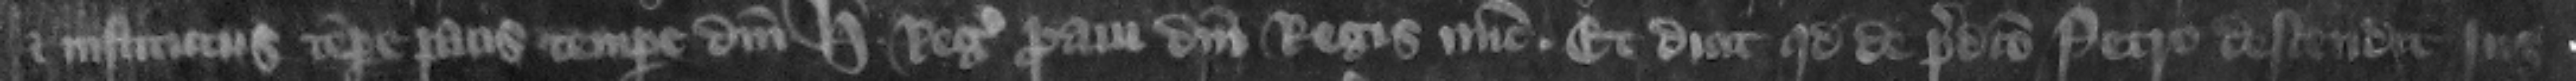
et institutus tempore pacis tempore domini Henrici regis proaui domini regis nunc. Et dicit quod de predicto Petro descendit jus